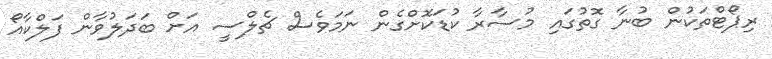
ރިޕޯޓްތަކުން ބުނާ ގޮތުގައި މުސާރާ ކުޑަކޮށްގެން ނަމަވެސް ޗެލްސީ އަށް ބަދަލުވާން ފަލްކާއޯ